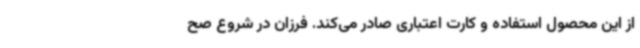
از این محصول استفاده و کارت اعتباری صادر می‌کند. فرزان در شروع صح